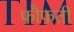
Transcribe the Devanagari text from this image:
फौफती